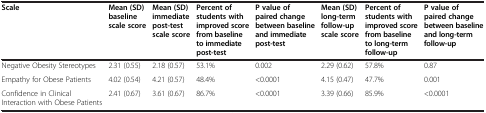
<table><thead><tr><td><b>Scale</b></td><td><b>Mean (SD) baseline scale score</b></td><td><b>Mean (SD) immediate post-test scale score</b></td><td><b>Percent of students with improved score from baseline to immediate post-test</b></td><td><b>P value of paired change between baseline and immediate post-test</b></td><td><b>Mean (SD) long-term follow-up scale score</b></td><td><b>Percent of students with improved score from baseline to long-term follow-up</b></td><td><b>P value of paired change between baseline and long-term follow-up</b></td></tr></thead><tbody><tr><td>Negative Obesity Stereotypes</td><td>2.31 (0.55)</td><td>2.18 (0.57)</td><td>53.1%</td><td>0.002</td><td>2.29 (0.62)</td><td>57.8%</td><td>0.87</td></tr><tr><td>Empathy for Obese Patients</td><td>4.02 (0.54)</td><td>4.21 (0.57)</td><td>48.4%</td><td>&lt;0.0001</td><td>4.15 (0.47)</td><td>47.7%</td><td>0.001</td></tr><tr><td>Confidence in Clinical Interaction with Obese Patients</td><td>2.41 (0.67)</td><td>3.61 (0.67)</td><td>86.7%</td><td>&lt;0.0001</td><td>3.39 (0.66)</td><td>85.9%</td><td>&lt;0.0001</td></tr></tbody></table>